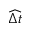
\widehat { \Delta t }